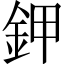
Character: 鉀